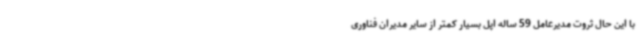
با این حال ثروت مدیرعامل 59 ساله اپل بسیار کمتر از سایر مدیران فناوری